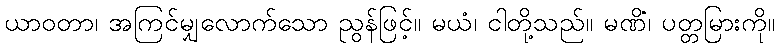
ယာဝတာ၊ အကြင်မျှလောက်သော ညွန်ဖြင့်။ မယံ၊ ငါတို့သည်။ မဏိံ၊ ပတ္တမြားကို။